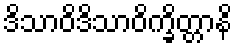
ဒိသာဝိဒိသာဝိက္ခိတ္တာနိ